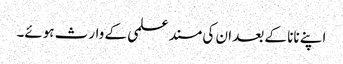
اپنے نانا کے بعد ان کی مسند علمی کے وارث ہوئے۔